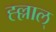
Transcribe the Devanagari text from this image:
ह्ल्लाल्